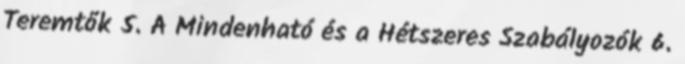
Teremtők 5. A Mindenható és a Hétszeres Szabályozók 6.